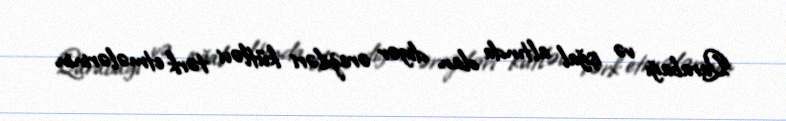
Qarabağı və işğal altında olan digər əraziləri kütləvi tərk etmələrinin